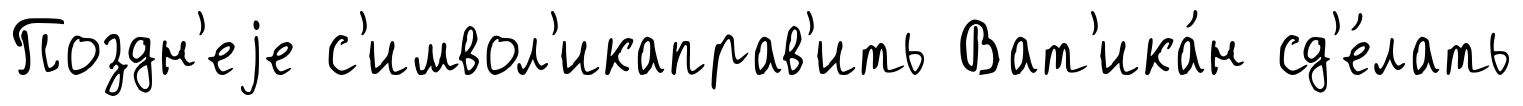
Поздн'еjе с'имвол'икаправ'ить Ват'ика́н сд'е́лать